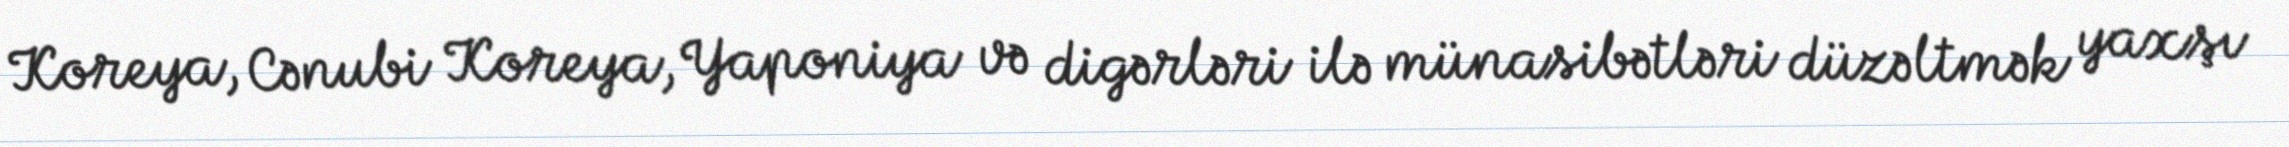
Koreya, Cənubi Koreya, Yaponiya və digərləri ilə münasibətləri düzəltmək yaxşı